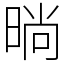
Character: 㫾